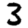
Digit: 3